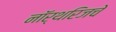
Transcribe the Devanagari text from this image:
नॉर्थरिजचे